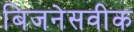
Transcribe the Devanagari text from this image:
बिजनेसवीक